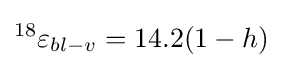
^{18}\varepsilon _{bl-v}=14.2(1-h)